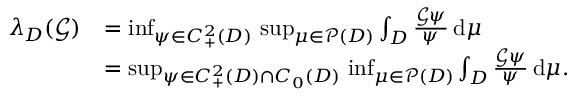
\begin{array} { r l } { \lambda _ { D } ( { \mathcal { G } } ) } & { = \operatorname* { i n f } _ { \psi \in C _ { + } ^ { 2 } ( D ) } \, \operatorname* { s u p } _ { \mu \in { \mathcal { P } } ( D ) } \int _ { D } \frac { { \mathcal { G } } \psi } { \psi } \, \mathrm { d } \mu } \\ & { = \operatorname* { s u p } _ { \psi \in C _ { + } ^ { 2 } ( D ) \cap C _ { 0 } ( D ) } \, \operatorname* { i n f } _ { \mu \in { \mathcal { P } } ( D ) } \int _ { D } \frac { { \mathcal { G } } \psi } { \psi } \, \mathrm { d } \mu . } \end{array}